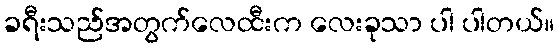
ခရီးသည်အတွက်လေထီးက လေးခုသာ ပါ ပါတယ်။